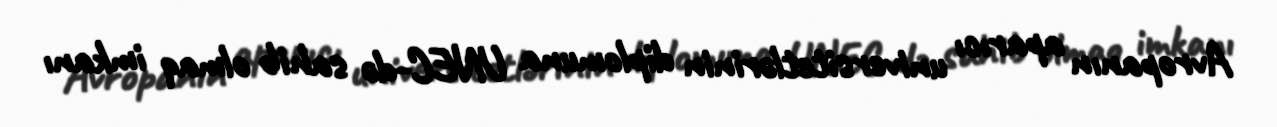
Avropanın aparıcı universitetlərinin diplomuna UNEC-də sahib olmaq imkanı